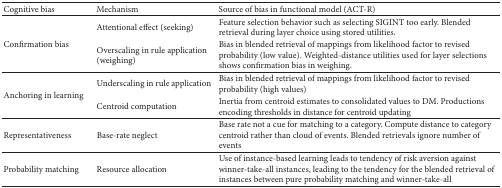
<table><thead><tr><td><b>Cognitive bias </b></td><td><b>Mechanism </b></td><td><b>Source of bias in functional model (ACT-R) </b></td></tr></thead><tbody><tr><td rowspan="2">Confirmation bias</td><td>Attentional effect (seeking)</td><td>Feature selection behavior such as selecting SIGINT too early. Blended retrieval during layer choice using stored utilities.</td></tr><tr><td>Overscaling in rule application(weighing)</td><td>Bias in blended retrieval of mappings from likelihood factor to revised probability (low value). Weighted-distance utilities used for layer selections shows confirmation bias in weighing.</td></tr><tr><td rowspan="2">Anchoring in learning </td><td>Underscaling in rule application</td><td>Bias in blended retrieval of mappings from likelihood factor to revised probability (high values)</td></tr><tr><td>Centroid computation</td><td>Inertia from centroid estimates to consolidated values to DM. Productions encoding thresholds in distance for centroid updating </td></tr><tr><td>Representativeness </td><td>Base-rate neglect</td><td>Base rate not a cue for matching to a category. Compute distance to category centroid rather than cloud of events. Blended retrievals ignore number of events</td></tr><tr><td>Probability matching</td><td>Resource allocation</td><td>Use of instance-based learning leads to tendency of risk aversion against winner-take-all instances, leading to the tendency for the blended retrieval of instances between pure probability matching and winner-take-all</td></tr></tbody></table>